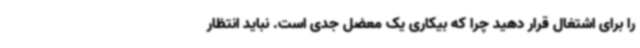
را برای اشتغال قرار دهید چرا که بیکاری یک معضل جدی است. نباید انتظار